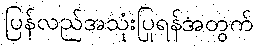
ပြန်လည်အသုံးပြုရန်အတွက်